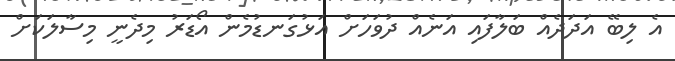
އެ ލިބޭ އަދަދެއް ބަލާފައި އަނެއް ދުވަހަށް އަޅުގަނޑުމެން އޯޑަރު މިދެނީ މިސާލަކަށް